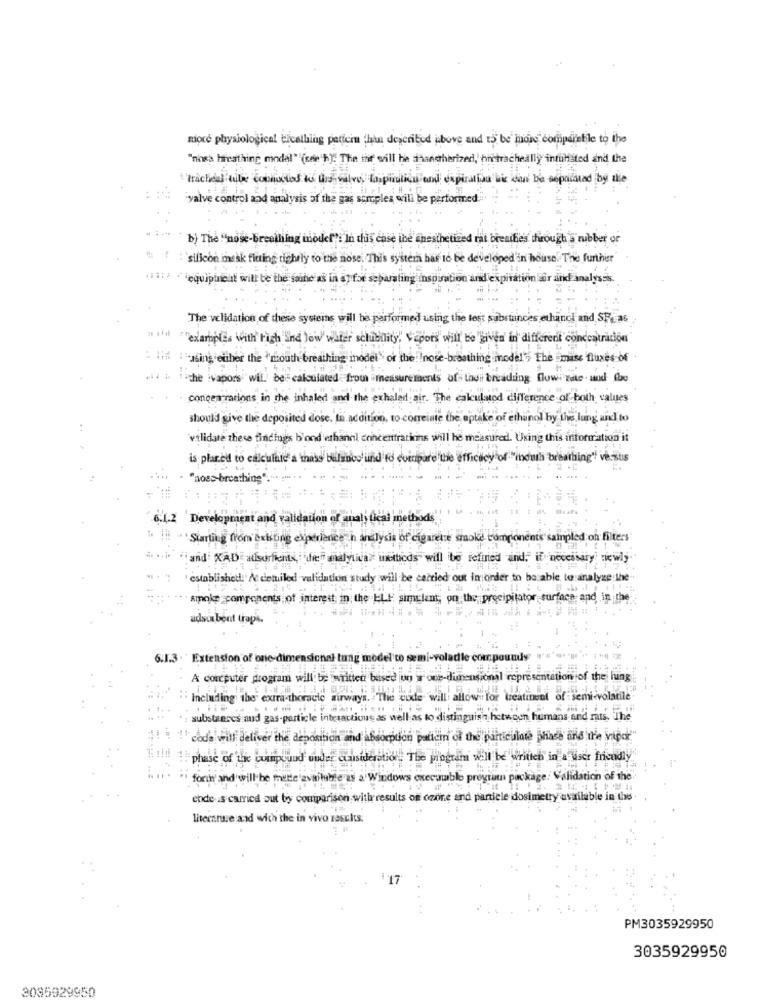
niore physiological ticalling pattern chin described above and 15 be more comparetile to the
"nosa hreathing model" '(ser h). The thr will he shanstherized, hn tracheally intuilisted and the
tracheal cile connections to this valve Inspiration anal expiration bic wand be sopalisted by the
'valve control and analysis of the gas
sample
will be performed
b) The "nose-breathing model": In this case ine anesthetized mai breathes through a rubber or
silicon mesk fitting tightly to the nose. This system har to be developed in house. The further"
equipincit will be the saine as in ay for separating inspiration and expiration år and analysis.
The validation of these systems will be performed using the lost substances ethinol and SF. as
a t'il ""exarboles with Fish Ind low water schibility, Vapors will be given' in different concentration
- lis :"using either the "mouth breathing model" of the !! n
athing model's The mass fluxes of
7%
the ivapors will be calculated from
s ufs thui treading flowi nite . and the
concentrations in the inhaled and the exhal
calculated difference of both values
should give the deposited dose. In addition, to comeinte the aptake of ethanol by the lung nil to
validate these findings b'ond ethanol concentrations will he measured. Using this information it
is placed to calculate a mass blanco lind to compare the efficacy of "ibouh breathing" versus
"noss breathing'
6.4.2
Development and validation of analit
Starting from existing experience n analysis of cigarette smoke components sampled on filters
and' XADE ausorfiend,ifien analytivar
refined and, if necessary newly
established. At detuiled validation study will be carried out inorder to be able to analyze the
smoke _components of interest in the ELF simulant, on the precipitator surface and in the
adsorbent traps
6.1.3 . ' Extension of o
le compounds
A computer program will be written besed un
mal representation of the ling
Including the extra-thoracic airways. "The code will allowfor
tineal of semi
substances and gas-particle inbriact
wella
mans and rats. The
code will delive
the denosition and
sorption patch
& phase and il'e vapor"
phase of tic jumplund under consideration. The program will be written in a user friendly
" forin and will be made available as a Windows executable program package: Validation of the
ende is carried out by comparison with results of ozine and paniele dosimetry available in this
literature and with the in vivo results
17
PM3035929950
3035929950
3035929950